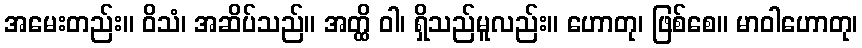
အမေးတည်း။ ဝိသံ၊ အဆိပ်သည်။ အတ္ထိ ဝါ၊ ရှိသည်မူလည်း။ ဟောတု၊ ဖြစ်စေ။ မာဝါဟောတု၊